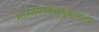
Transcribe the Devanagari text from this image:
भारतपाकयुध्दानंतर